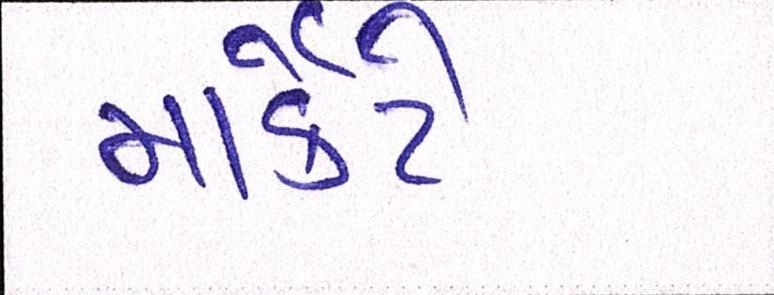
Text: માર્કેટે